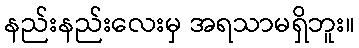
နည်းနည်းလေးမှ အရသာမရှိဘူး။